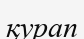
қурап